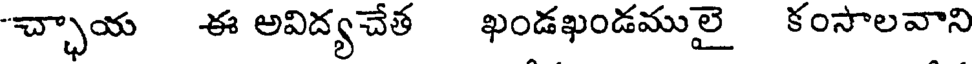
"చ్ఛాయ ఈ అవిద్యచేత ఖండఖండములై కంసాలవాని